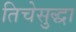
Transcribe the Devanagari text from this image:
तिचेसुद्धा